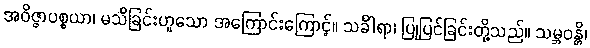
အဝိဇ္ဇာပစ္စယာ၊ မသိခြင်းဟူသော အကြောင်းကြောင့်။ သင်္ခါရာ၊ ပြုပြင်ခြင်းတို့သည်။ သမ္ဘဝန္တိ၊